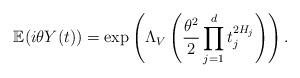
LaTeX: \begin{align*}\mathbb{E}(i \theta Y(t)) = \exp\left(\Lambda_V\left(\frac{\theta^2}{2}\prod_{j=1}^dt_j^{2 H_j} \right) \right).\end{align*}